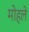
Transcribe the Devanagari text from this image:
माेहले